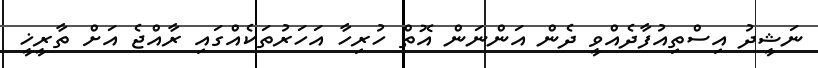
ނަޝީދު އިސްތިއުފާދެއްވީ ދެން އަންނަން އޮތް ހުރިހާ އަހަރުތަކެއްގައި ރާއްޖެ އަށް ތާރީޚީ